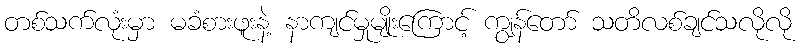
တစ်သက်လုံးမှာ မခံစားဖူးနဲ့ နာကျင်မှုမျိုးကြောင့် ကျွန်တော် သတိလစ်ချင်သလိုလို